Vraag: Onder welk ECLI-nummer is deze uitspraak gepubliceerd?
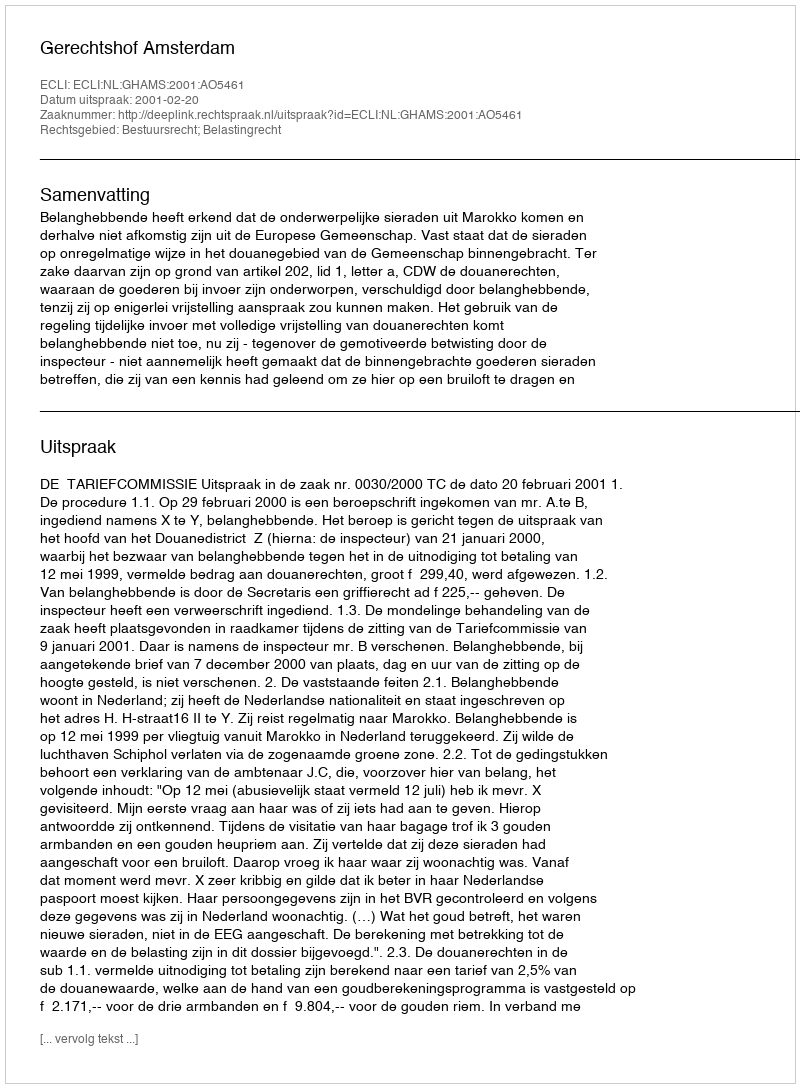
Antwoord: ECLI:NL:GHAMS:2001:AO5461